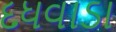
દધવાડા